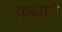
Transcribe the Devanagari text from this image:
कक्षामे